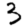
Digit: 3